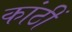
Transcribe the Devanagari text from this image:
कांठीं